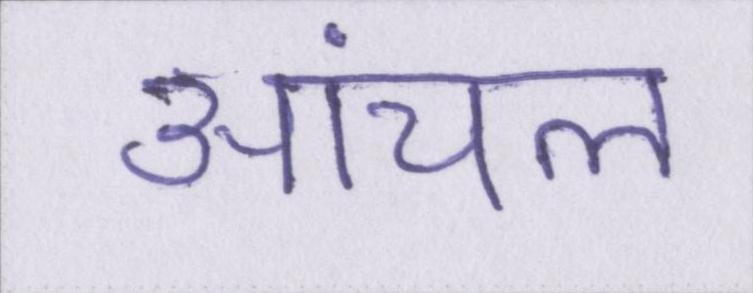
आंचल